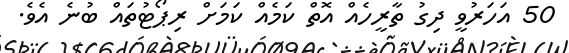
50 އަހަރުވީ ދިގު ތާރީހެއް އޮތް ކަމެއް ކަމަށް ރިޕޯޓުތައް ބުނެ އެވެ.